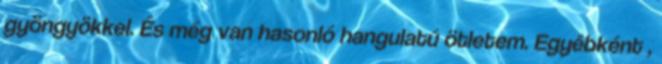
gyöngyökkel. És még van hasonló hangulatú ötletem. Egyébként ,